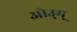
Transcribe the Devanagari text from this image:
ओउ्म्